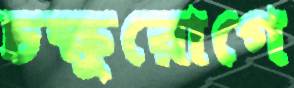
চক্ষুরোগে